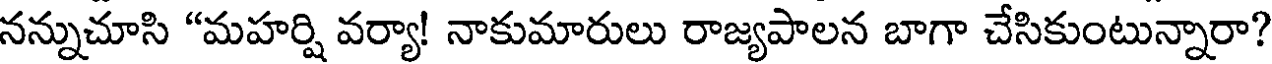
నన్నుచూసి "మహర్షి వర్యా! నాకుమారులు రాజ్యపాలన బాగా చేసికుంటున్నారా?